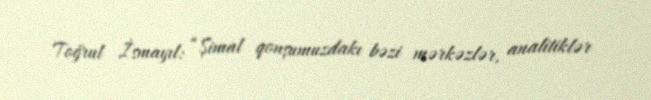
Toğrul İsmayıl: “Şimal qonşumuzdakı bəzi mərkəzlər, analitiklər